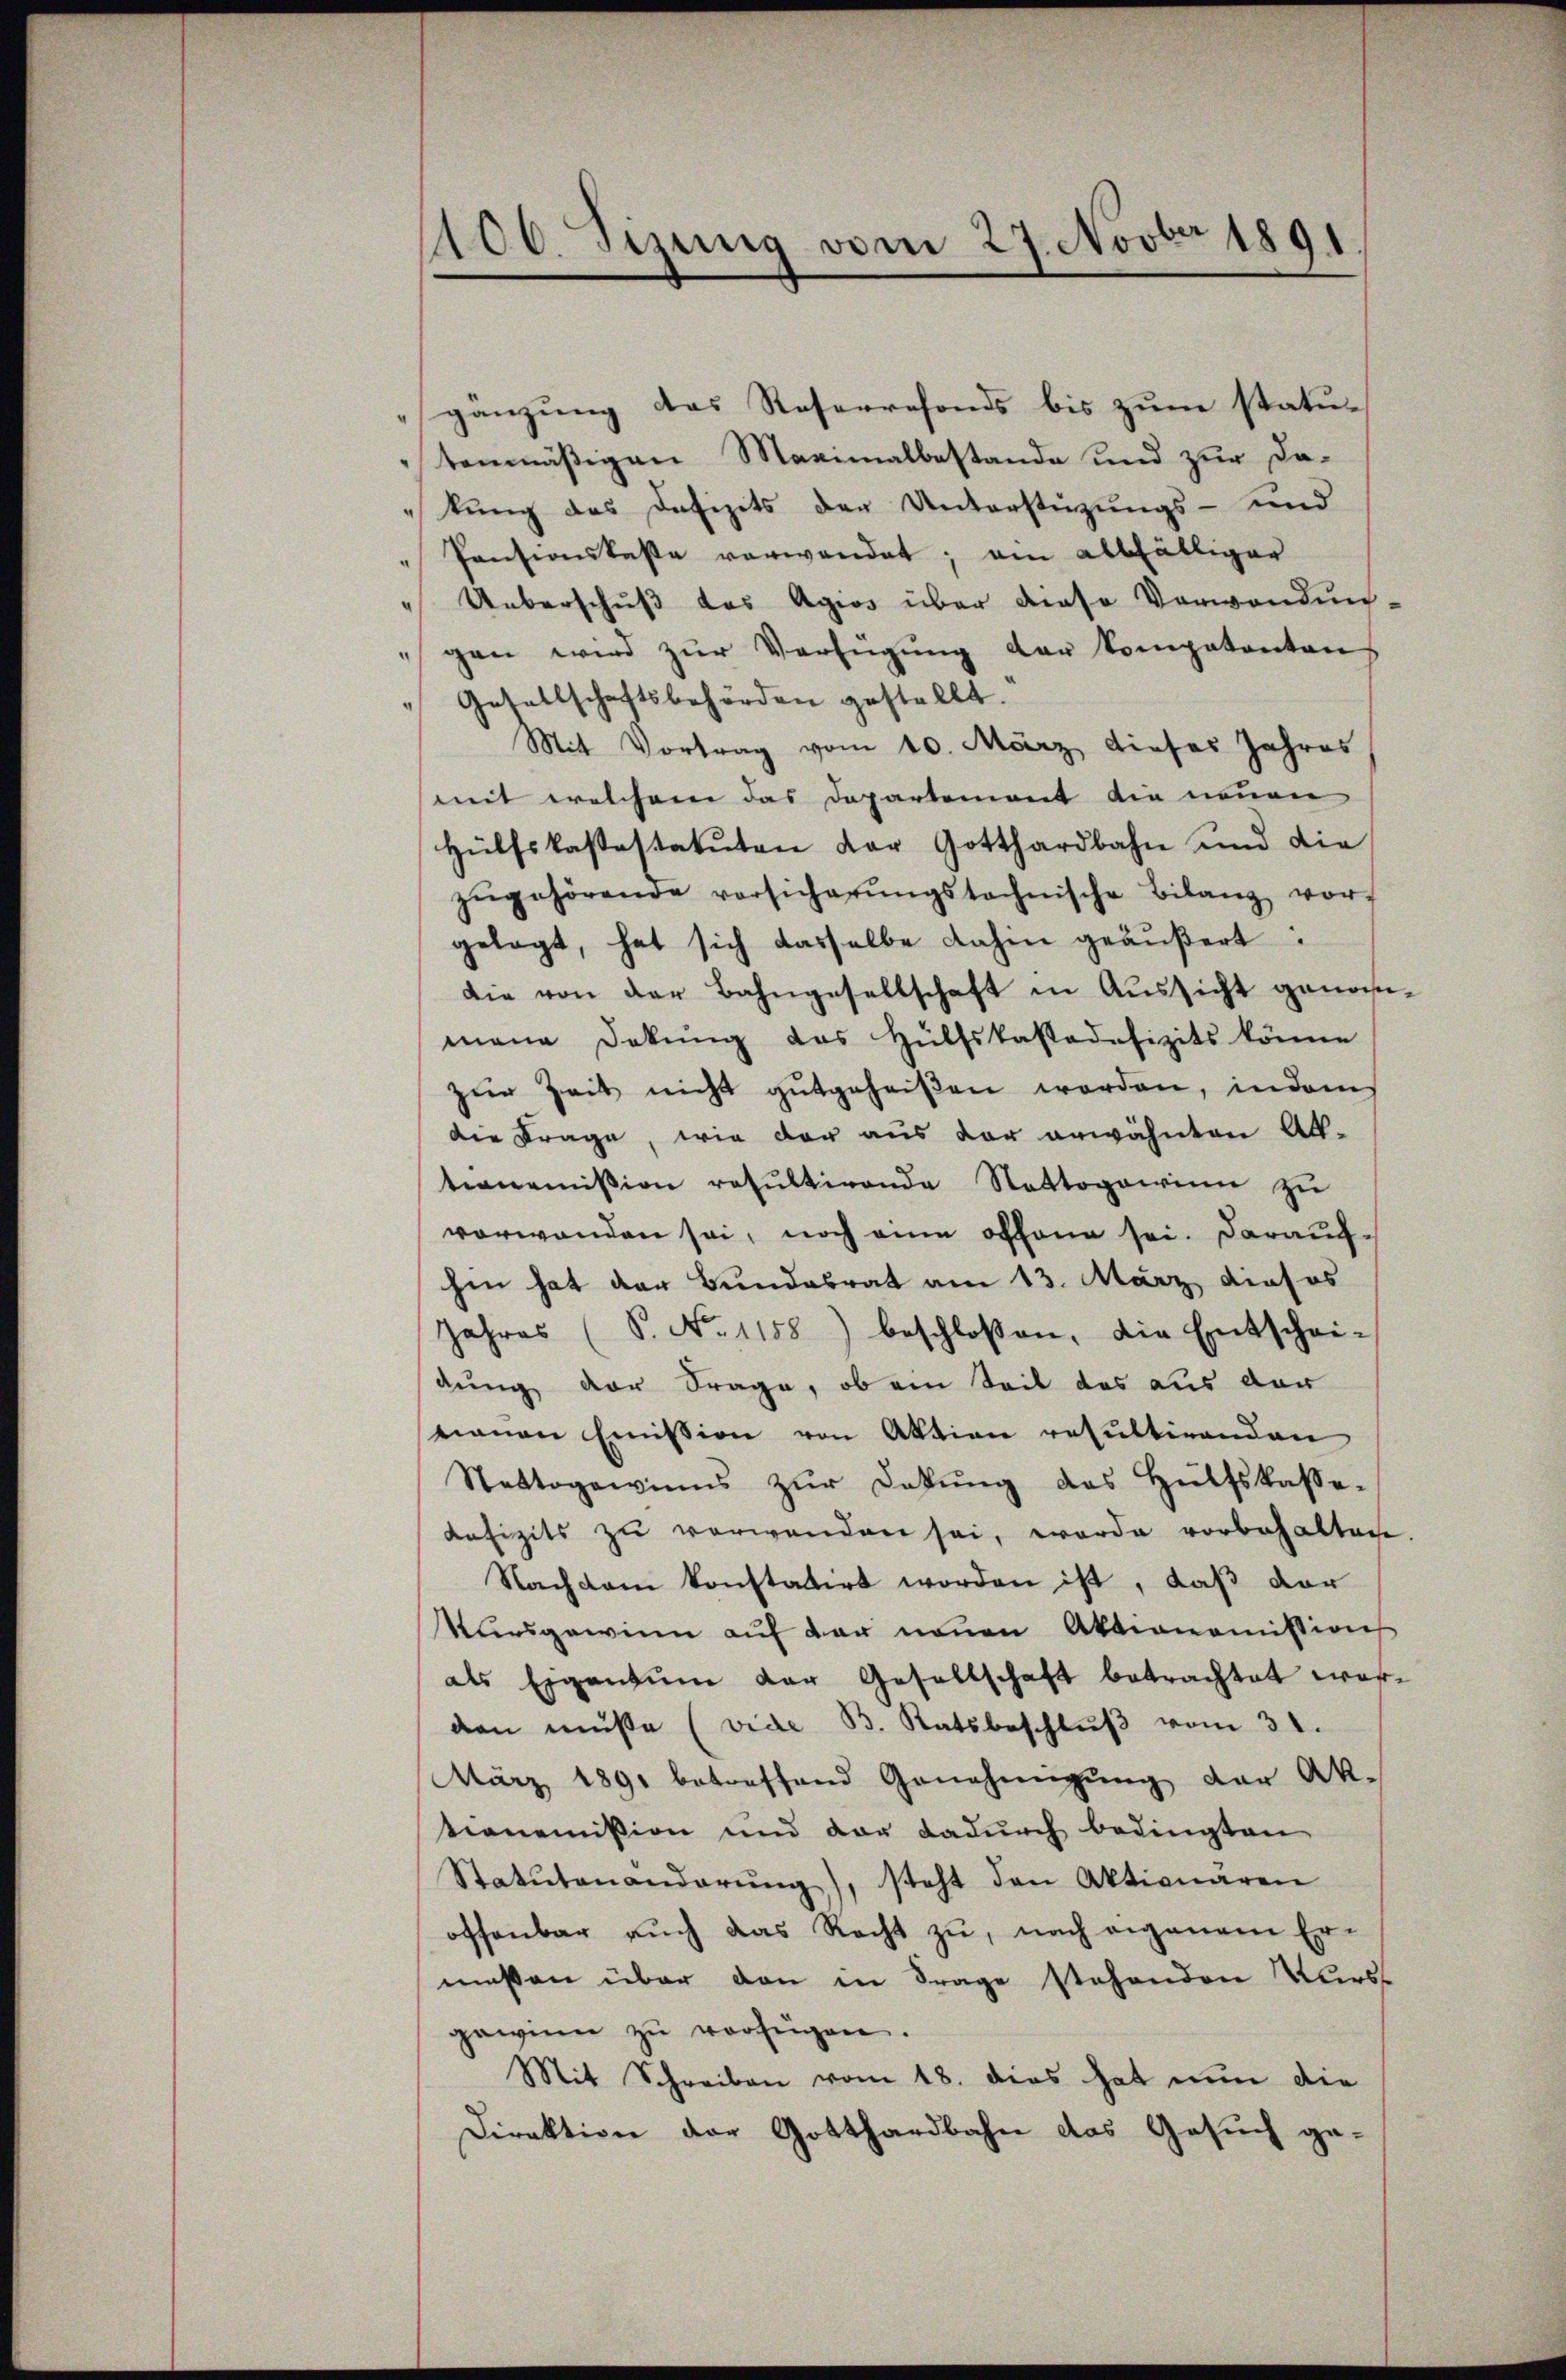
100. Sizung vom 27. Novber 1891

gänzung des Reserrefonds bis zum statu-
tenmäßigen Maximalbestande und zur Dakung des Defizits der Unterstüzungs- und
Pensionskasse verwendet; am allfälliger
Ueberschuß des Agios über diese Verwandungan wird zŭr Verfügung der kompetenten
Gesellschaftsbehörden gestellt.
Mit Vortrag vom 10. März dieses Jahres
mit welchem das Departement die neuen
Hülfskastestatuten der Gotthardbahn und die
zŭgehörende vorsicherŭngstochnische Bilanz vor-
gelegt, hat sich dasselbe dahin geäŭβert:
Die von der Bahngesellschaft in Aussicht genommana Dekŭng des Hülfskassadefizits könne
zŭr Zeit nicht gutgeheißen worden, indem
die Frage, wie der aus der erwähnten Alt-
ternoṁission resultirende Nettogewinn zu
vorwanden sei, noch eine offene sei. Darauf-
hin hat der Bundesrat am 13. März dieses
Jahres (S. No 1158) beschlossen, die Entschei-
dung der Frage, ob ein Teil das aus der
nauen Emission von Aktion resultirenden
Staatsgewinns zŭr Latŭng des Hülfskasse-
Refizits zu verwenden sei, worde vorbehalten
Nachdem konstatirt worden ist, daß der
Kursgewinn auf der neuen Aktionomission
als Eigentum der Gesellschaft betrachtet worden müße (vide B. Ratsbeschlŭβ vom 31.
März 1891 betreffend Genehmigŭng der Ak-
tionemission und der dadurch bedingten
Statutenanderŭng, steht den Aktionären
offenbar aŭch das Recht zŭ, nach eigenem Er-
meßen über den in Frage stehenden Vors
gewinn zŭ verfügen.
Mit Schreiben vom 18. dies hat nun die
Direktion der Gotthardbahn das Gesuch ge¬